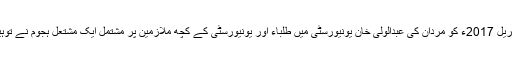
واضح رہے صوابی سے تعلق رکھنے والے 25 سالہ مشال خان کو 13 اپریل 2017ء کو مردان کی عبدالولی خان یونیورسٹی میں طلباء اور یونیورسٹی کے کچھ ملازمین پر مشتمل ایک مشتعل ہجوم نے توہین رسالت کے الزامات لگانے کے بعد تشدد کا نشانہ بنا کر قتل کر دیا تھا۔